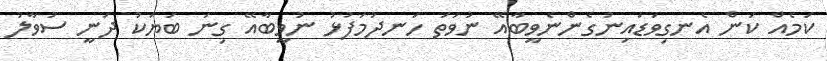
ކަމެއް ކަން އެނގިވަޑައިނުގެންނެވީބާއޭ ނުވަތަ ހަނދުމަފުޅު ނުވީބާއޭ ގިނަ ބަޔަކު ދަނީ ސުވާލު